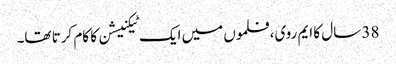
38 سال کا ایم روی، فلموں میں ایک ٹیکنیشن کا کام کرتا تھا۔